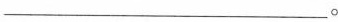
___。